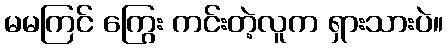
မမကြင် ကြွေး ကင်းတဲ့လူက ရှားသားပဲ။